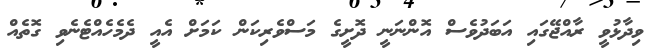
ވިދާޅުވީ ރާއްޖޭގައި އަބަދުވެސް އޮންނަނީ ދޮށީގެ މަސްވެރިކަން ކަމަށް އެއީ ދެމެހެއްޓެނެވި ގޮތެއް